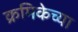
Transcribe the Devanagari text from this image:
क्रमिकेच्या